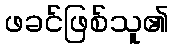
ဖခင်ဖြစ်သူ၏